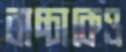
বাচ্চাকেও